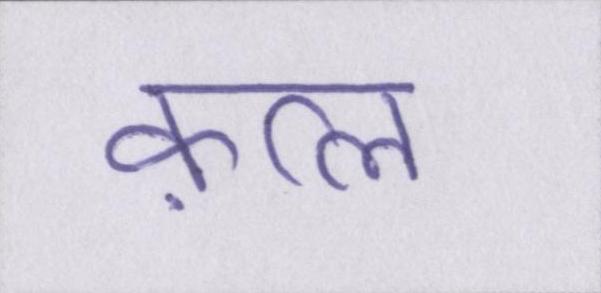
क़त्ल